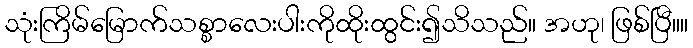
သုံးကြိမ်မြောက်သစ္စာလေးပါးကိုထိုးထွင်း၍သိသည်။ အဟု၊ ဖြစ်ပြီ။။